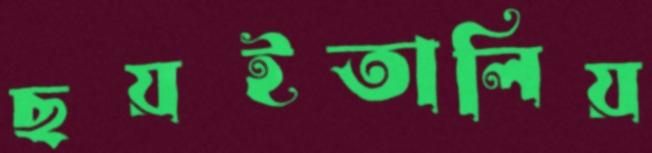
ছয়ইতালিয়